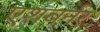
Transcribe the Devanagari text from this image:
एशबर्नर